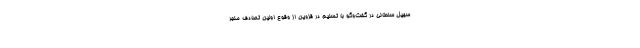
سهیل سلطانی در گفت‌وگو با تسنیم در قزوین از وقوع اولین تصادف منجر